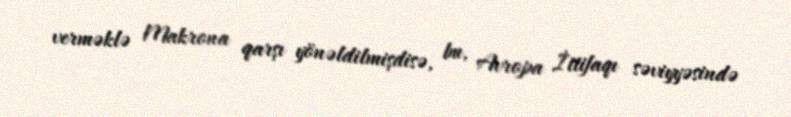
verməklə Makrona qarşı yönəldilmişdisə, bu, Avropa İttifaqı səviyyəsində